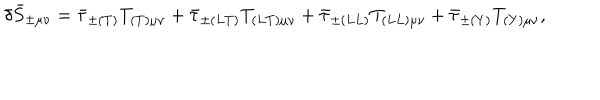
LaTeX: \delta \bar { S } _ { \pm \mu \nu } = \bar { \tau } _ { \pm ( T ) } T _ { ( T ) \mu \nu } + \bar { \tau } _ { \pm ( L T ) } T _ { ( L T ) \mu \nu } + \bar { \tau } _ { \pm ( L L ) } T _ { ( L L ) \mu \nu } + \bar { \tau } _ { \pm ( Y ) } T _ { ( Y ) \mu \nu } ,